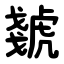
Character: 虦